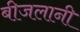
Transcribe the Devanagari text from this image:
बीजलानी